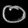
Digit: ၀